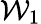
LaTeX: \mathcal{W}_{1}